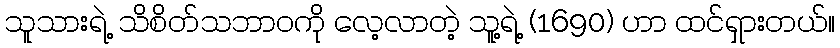
သူသားရဲ့ သိစိတ်သဘာဝကို လေ့လာတဲ့ သူ့ရဲ့ (1690) ဟာ ထင်ရှားတယ်။